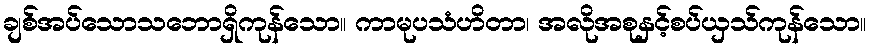
ချစ်အပ်သောသဘောရှိကုန်သော။ ကာမုပသံဟိတာ၊ အလိုအစုနှင့်စပ်ယှသ်ကုန်သော။